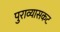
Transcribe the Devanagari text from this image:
पुराव्यासकट